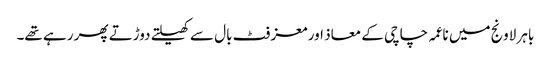
باہر لاونج میں ناعمہ چاچی کے معاذ اور معز فٹ بال سے کھیلتے دوڑتے پھر رہے تھے۔